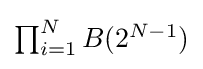
{\textstyle \prod _{i=1}^{N}B(2^{N-1})}